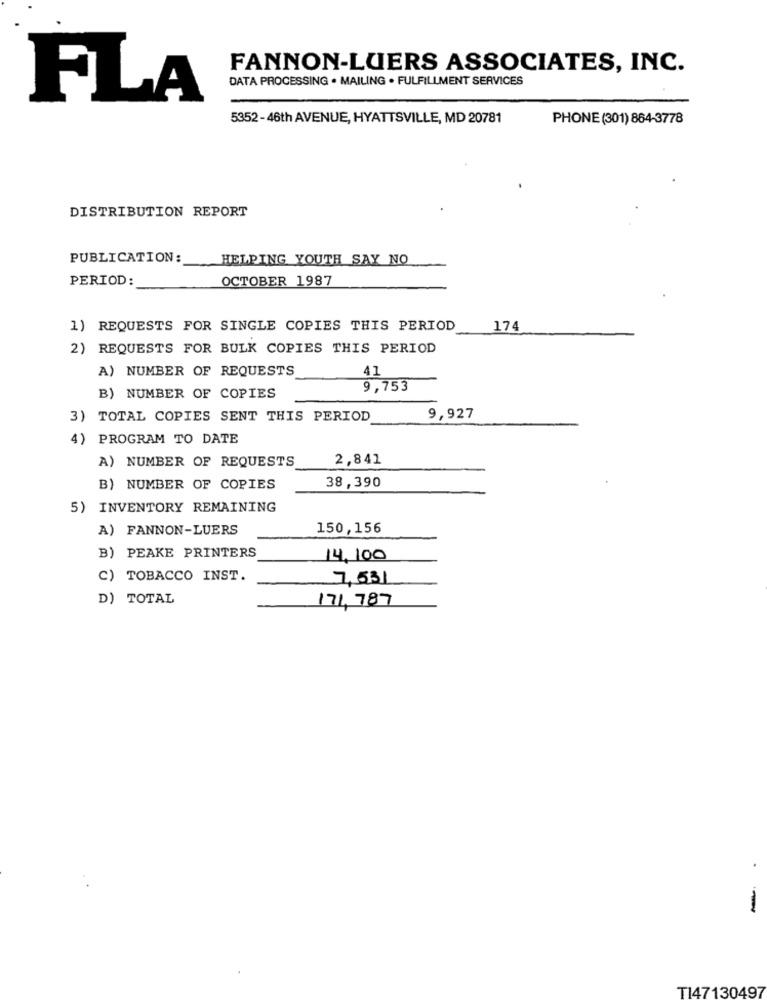
FANNON-LUERS ASSOCIATES, INC.
DATA PROCESSING . MAILING . FULFILLMENT SERVICES
FLA
5352-46th AVENUE, HYATTSVILLE, MD 20781
PHONE (301) 864-3778
DISTRIBUTION REPORT
PUBLICATION:
HELPING YOUTH SAY NO
PERIOD:
OCTOBER 1987
1) REQUESTS FOR SINGLE COPIES THIS PERIOD
174
2) REQUESTS FOR BULK COPIES THIS PERIOD
A) NUMBER OF REQUESTS
41
9,753
B) NUMBER OF COPIES
3) TOTAL COPIES SENT THIS PERIOD
9,927
4) PROGRAM TO DATE
A) NUMBER OF REQUESTS
2,841
38,390
B) NUMBER OF COPIES
5) INVENTORY REMAINING
A) FANNON-LUERS
150,156
B) PEAKE PRINTERS
14,100
TOBACCO INST.
7,531
D) TOTAL
171,787
.
--
TI47130497